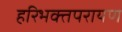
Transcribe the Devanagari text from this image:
हरिभक्तपरायण